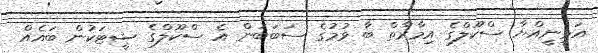
އަމީނީއްޔާ ސްކޫލްގެ އިމާރާތް ބާ ވުމުގެ ސަބަބުން އެ ސްކޫލްގެ ޝީޓަކުން ބައެއް